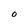
Character: O